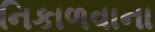
નિકાળવાના